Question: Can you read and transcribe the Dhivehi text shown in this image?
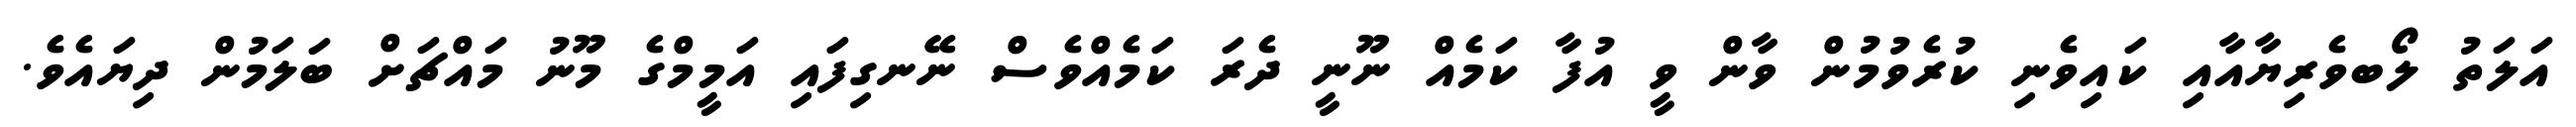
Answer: އަލަތު ލޯބވެރިޔާއާއި ކައިވެނި ކުރެވުމުން ވާން ވީ އުފާ ކަމެއް ނޫނީ ދެރަ ކަމެއްވެސް ނޭނގިފައި އަމީމްގެ މޫނު މައްޗަށް ބަލަމުން ދިޔައެވެ.